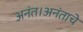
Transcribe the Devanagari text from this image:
अनंत।अनंताचे